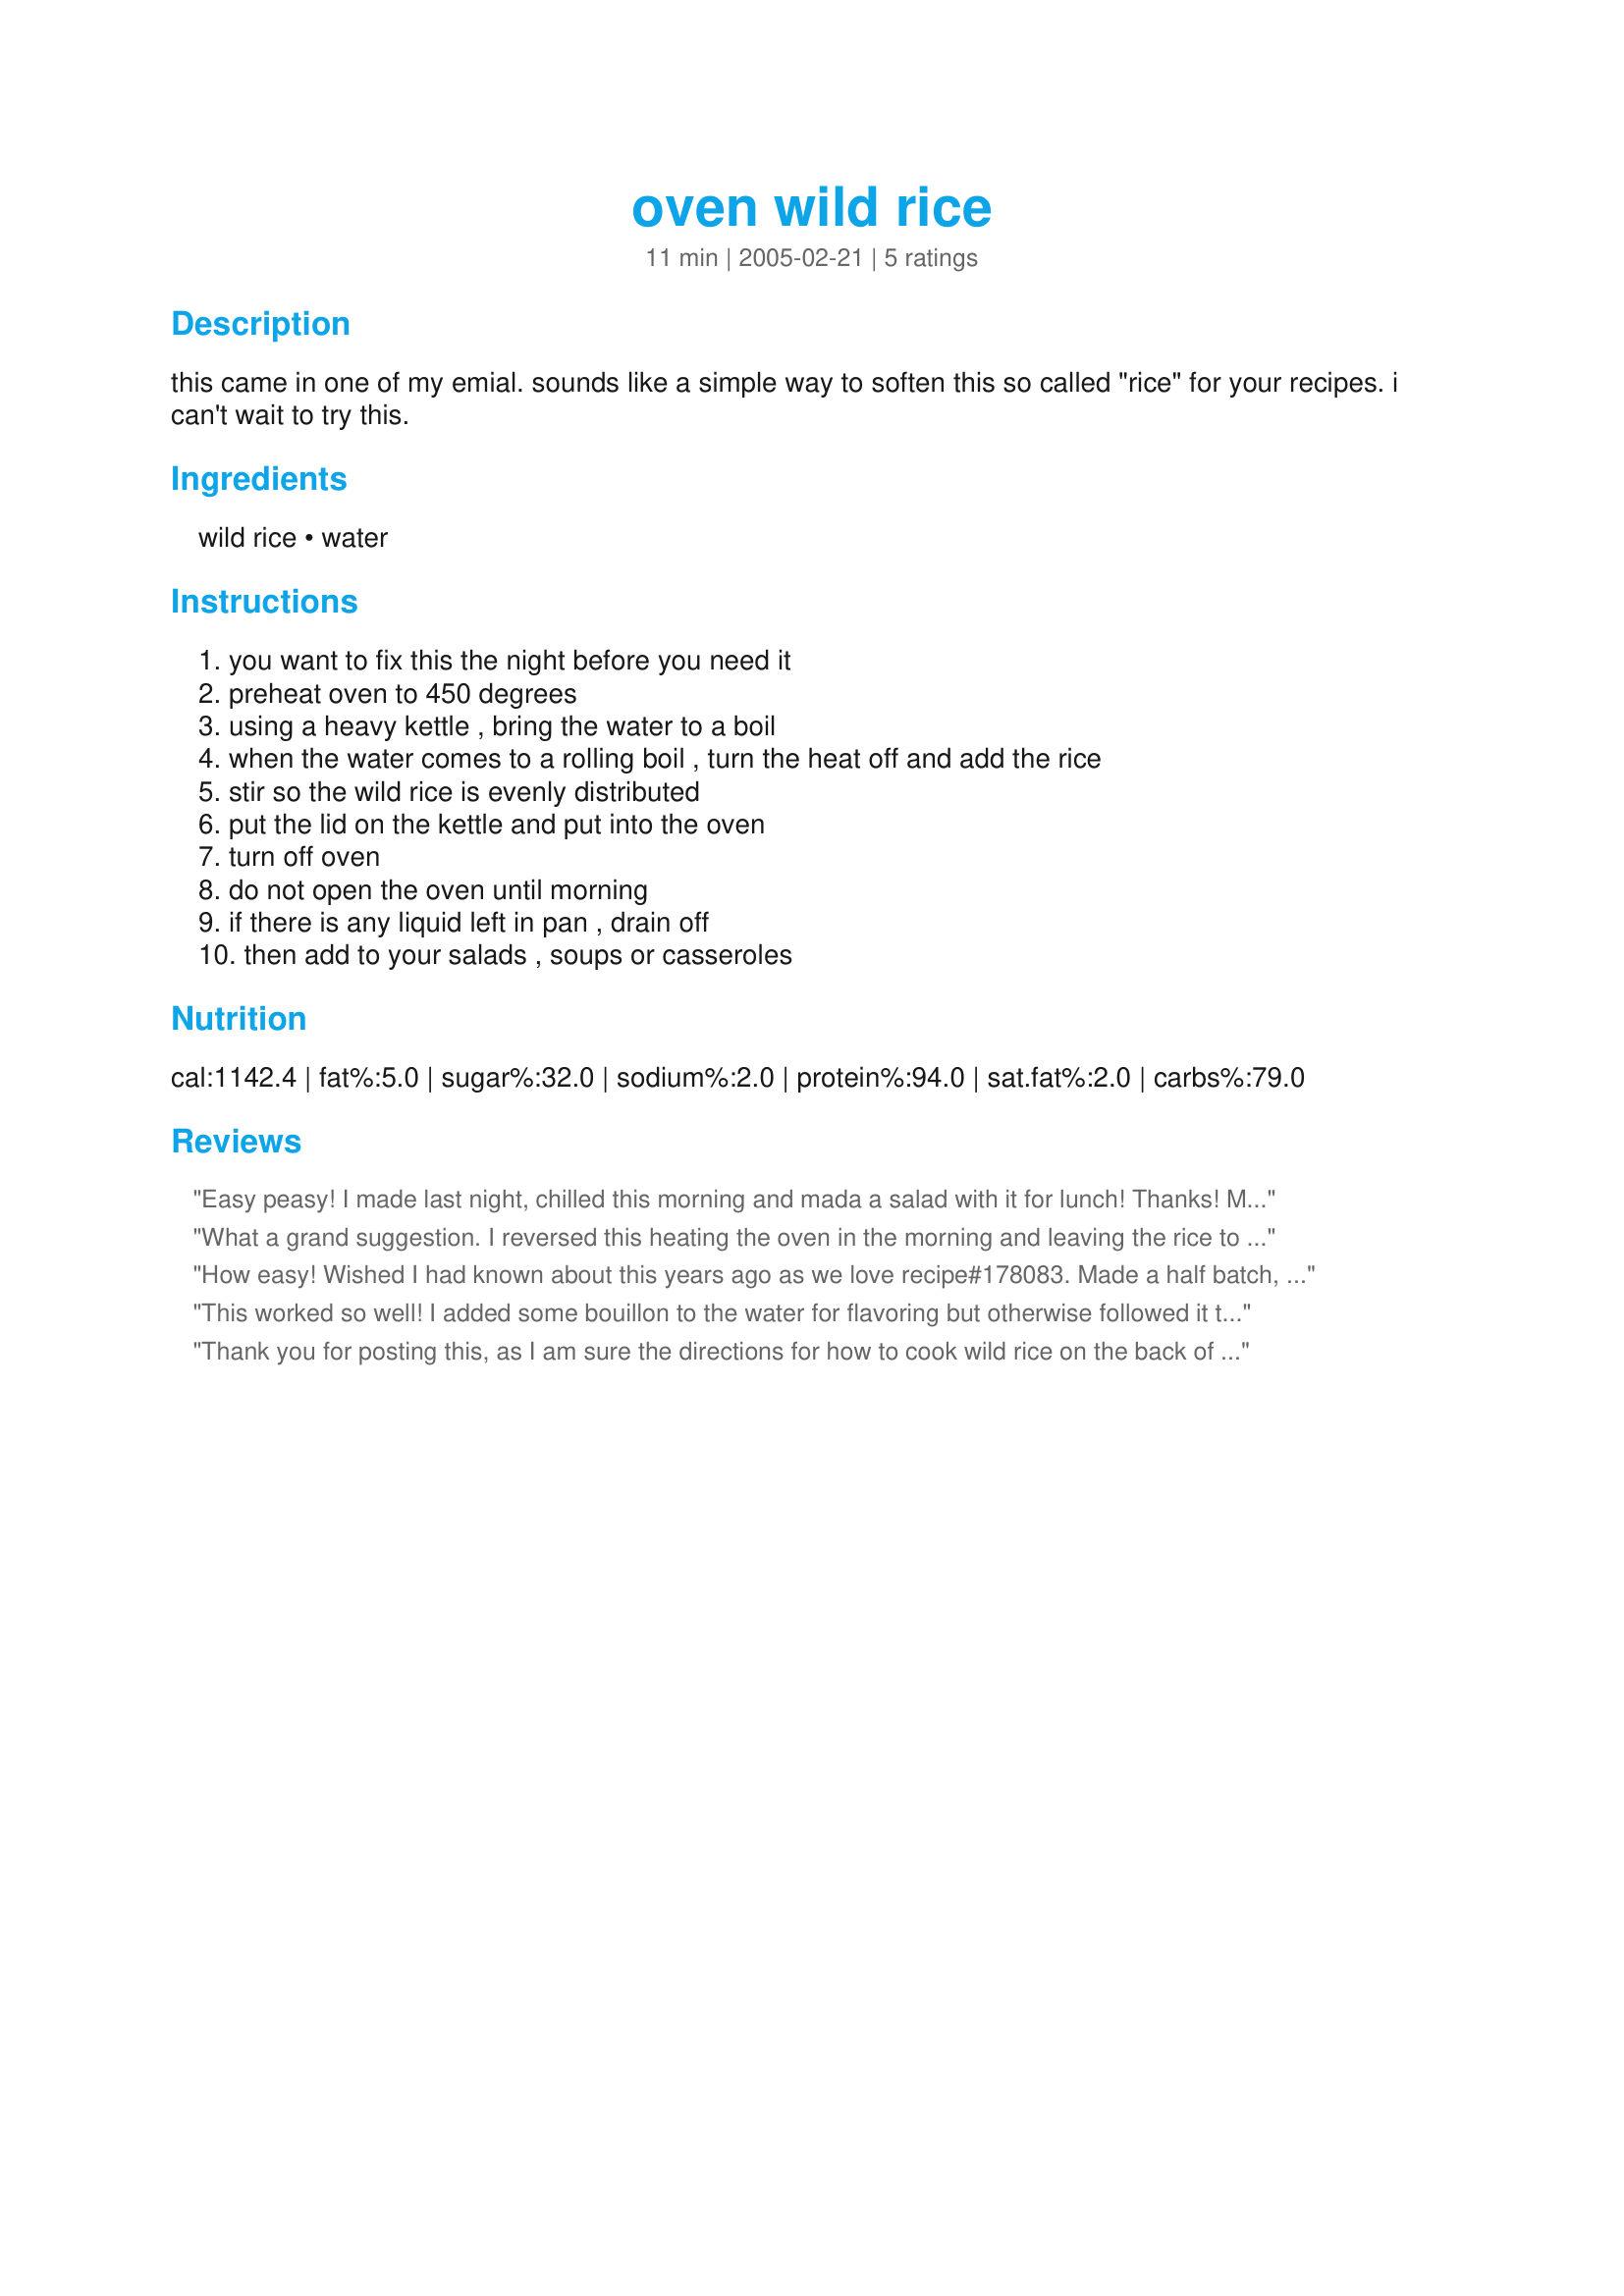
oven wild rice
Preparation time: 11 minutes

this came in one of my emial. sounds like a simple way to soften this so called "rice" for your recipes. i can't wait to try this.

Ingredients:
wild rice, water

Steps:
you want to fix this the night before you need it, preheat oven to 450 degrees, using a heavy kettle , bring the water to a boil, when the water comes to a rolling boil , turn the heat off and add the rice, stir so the wild rice is evenly distributed, put the lid on the kettle and put into the oven, turn off oven, do not open the oven until morning, if there is any liquid left in pan , drain off, then add to your salads , soups or casseroles

Reviews:
Easy peasy! I made last night, chilled this morning and mada a salad with it for lunch! Thanks! Made for ZWT4-Fancy Feinschmeckers!
What a grand suggestion. I reversed this heating the oven in the morning and leaving the rice to cook while I went to work. Came home to fluffy tender wild rice ready to use in making a wild rice salad. Thanks!
How easy! Wished I had known about this years ago as we love recipe#178083. Made a half batch, came out with 6 cups, and froze ours in portions for soup making. Thank you Charlotte J for sharing a very convenient recipe.
This worked so well! I added some bouillon to the water for flavoring but otherwise followed it to a T. So nice to sleep through the aroma that good wild rice can give off and I did not miss the steam and heat that seems to fill the kitchen normally! Thanks Charlotte!
Thank you for posting this, as I am sure the directions for how to cook wild rice on the back of my package would be a whole lot more labor intensive. :) Oh, and a note on servings, according to my package, 2 cups dry -> 7 cups cooked -> 21 servings (1/3 cup each). The only downside to the method of cooking the rice is remembering to do it the night before! :) Made for ZWT4.
